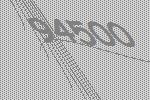
94500